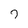
Character: 7